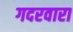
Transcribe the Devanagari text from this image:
गदरवारा